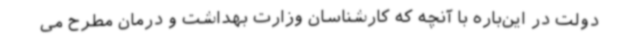
دولت در این‌باره با آنچه که کارشناسان وزارت بهداشت و درمان مطرح می